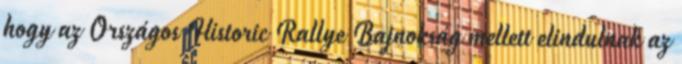
hogy az Országos Historic Rallye Bajnokság mellett elindulnak az